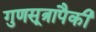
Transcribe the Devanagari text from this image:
गुणसूत्रापैकी